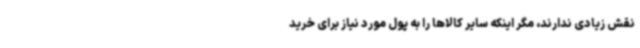
نقش زیادی ندارند، مگر اینکه سایر کالاها را به پول مورد نیاز برای خرید